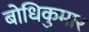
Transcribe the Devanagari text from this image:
बोधिकुमार